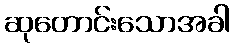
ဆုတောင်းသောအခါ